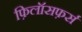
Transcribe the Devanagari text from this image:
फ़िलॉसफ़र्स